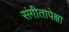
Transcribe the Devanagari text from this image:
संगीतापेक्षा